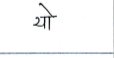
मजकूर: यो